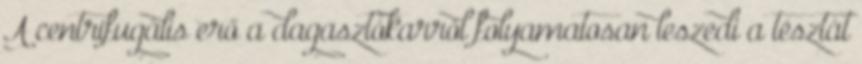
A centrifugális erő a dagasztókarról folyamatosan leszedi a tésztát